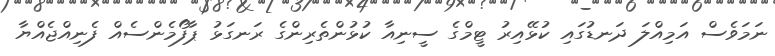
ނަމަވެސް އަމިއްލަ ދަނޑުގައި ކުޅޭއިރު ޓީމްގެ ސީނިއާ ކުޅުންތެރިންގެ ރަނގަޅު ޕާފޯމެންސެއް ފެނިއްޖެއްޔާ